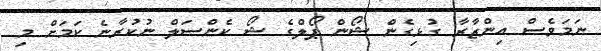
ނަމަވެސް އިންޒާރާ ގުޅިގެން ޝޯން ޕޯލްގެ ޝޯ ކެންސަލް ނުކުރާނެ ކަމަށް މި